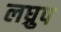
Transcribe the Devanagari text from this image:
लघ्रुप